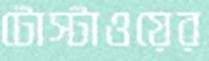
টোস্টাওয়ের